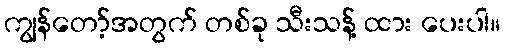
ကျွန်တော့်အတွက် တစ်ခု သီးသန့် ထား ပေးပါ။